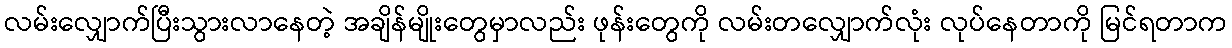
လမ်းလျှောက်ပြီးသွားလာနေတဲ့ အချိန်မျိုးတွေမှာလည်း ဖုန်းတွေကို လမ်းတလျှောက်လုံး လုပ်နေတာကို မြင်ရတာက